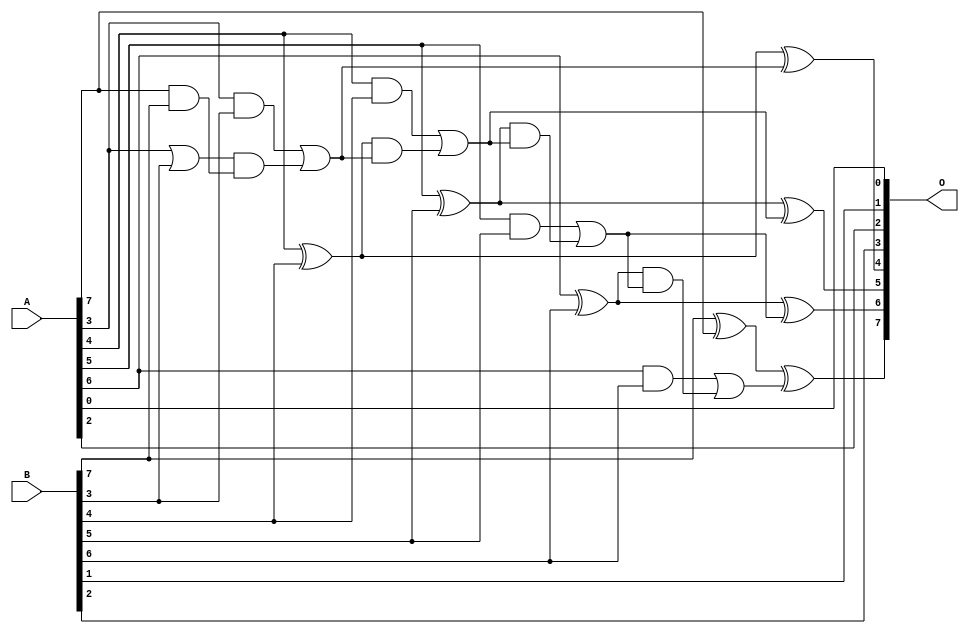
/***
* This code is a part of EvoApproxLib library (ehw.fit.vutbr.cz/approxlib) distributed under The MIT License.
* When used, please cite the following article(s): V. Mrazek, L. Sekanina, Z. Vasicek "Libraries of Approximate Circuits: Automated Design and Application in CNN Accelerators" IEEE Journal on Emerging and Selected Topics in Circuits and Systems, Vol 10, No 4, 2020 
* This file contains a circuit from a sub-set of pareto optimal circuits with respect to the pwr and mae parameters
***/
// MAE% = 3.75 %
// MAE = 4.8 
// WCE% = 9.38 %
// WCE = 12 
// WCRE% = 1100.00 %
// EP% = 93.75 %
// MRE% = 26.40 %
// MSE = 35 
// PDK45_PWR = 0.021 mW
// PDK45_AREA = 48.3 um2
// PDK45_DELAY = 0.45 ns

module add8s_6PM (
    A,
    B,
    O
);

input [7:0] A;
input [7:0] B;
output [7:0] O;

wire sig_20,sig_25,sig_28,sig_29,sig_30,sig_32,sig_33,sig_34,sig_35,sig_36,sig_37,sig_38,sig_39,sig_40,sig_41,sig_42,sig_43,sig_44,sig_45,sig_46;
wire sig_47,sig_49;

assign sig_20 = B[7] ^ A[7];
assign sig_25 = A[7] & B[7];
assign sig_28 = A[3] | B[3];
assign sig_29 = A[3] & B[3];
assign sig_30 = sig_28 & sig_25;
assign sig_32 = sig_29 | sig_30;
assign sig_33 = A[4] ^ B[4];
assign sig_34 = A[4] & B[4];
assign sig_35 = sig_33 & sig_32;
assign sig_36 = sig_33 ^ sig_32;
assign sig_37 = sig_34 | sig_35;
assign sig_38 = A[5] ^ B[5];
assign sig_39 = A[5] & B[5];
assign sig_40 = sig_38 & sig_37;
assign sig_41 = sig_38 ^ sig_37;
assign sig_42 = sig_39 | sig_40;
assign sig_43 = A[6] ^ B[6];
assign sig_44 = A[6] & B[6];
assign sig_45 = sig_43 & sig_42;
assign sig_46 = sig_43 ^ sig_42;
assign sig_47 = sig_44 | sig_45;
assign sig_49 = sig_20 ^ sig_47;

assign O[7] = sig_49;
assign O[6] = sig_46;
assign O[5] = sig_41;
assign O[4] = sig_36;
assign O[3] = B[2];
assign O[2] = A[2];
assign O[1] = B[1];
assign O[0] = A[0];

endmodule